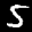
Label: 5